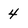
Character: 4